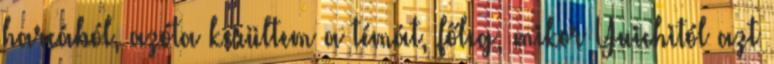
harcából, azóta kerültem a témát, főleg, mikor Yuichitól azt